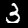
Digit: 3